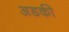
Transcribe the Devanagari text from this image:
अडकी